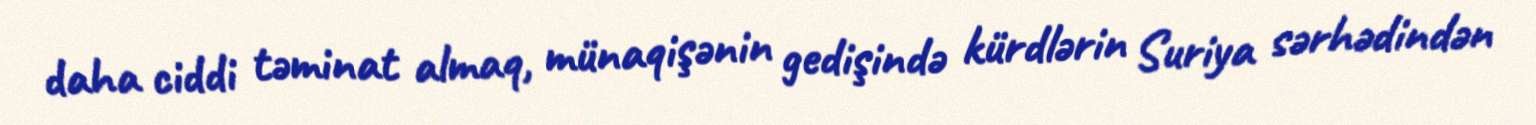
daha ciddi təminat almaq, münaqişənin gedişində kürdlərin Suriya sərhədindən